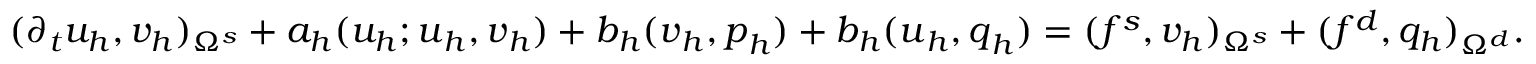
( \partial _ { t } u _ { h } , v _ { h } ) _ { \Omega ^ { s } } + a _ { h } ( u _ { h } ; \boldsymbol { u } _ { h } , \boldsymbol { v } _ { h } ) + b _ { h } ( \boldsymbol { v } _ { h } , \boldsymbol { p } _ { h } ) + b _ { h } ( \boldsymbol { u } _ { h } , \boldsymbol { q } _ { h } ) = ( f ^ { s } , v _ { h } ) _ { \Omega ^ { s } } + ( f ^ { d } , q _ { h } ) _ { \Omega ^ { d } } .